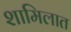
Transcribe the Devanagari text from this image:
शामिलात